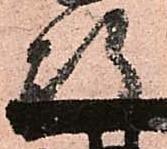
政